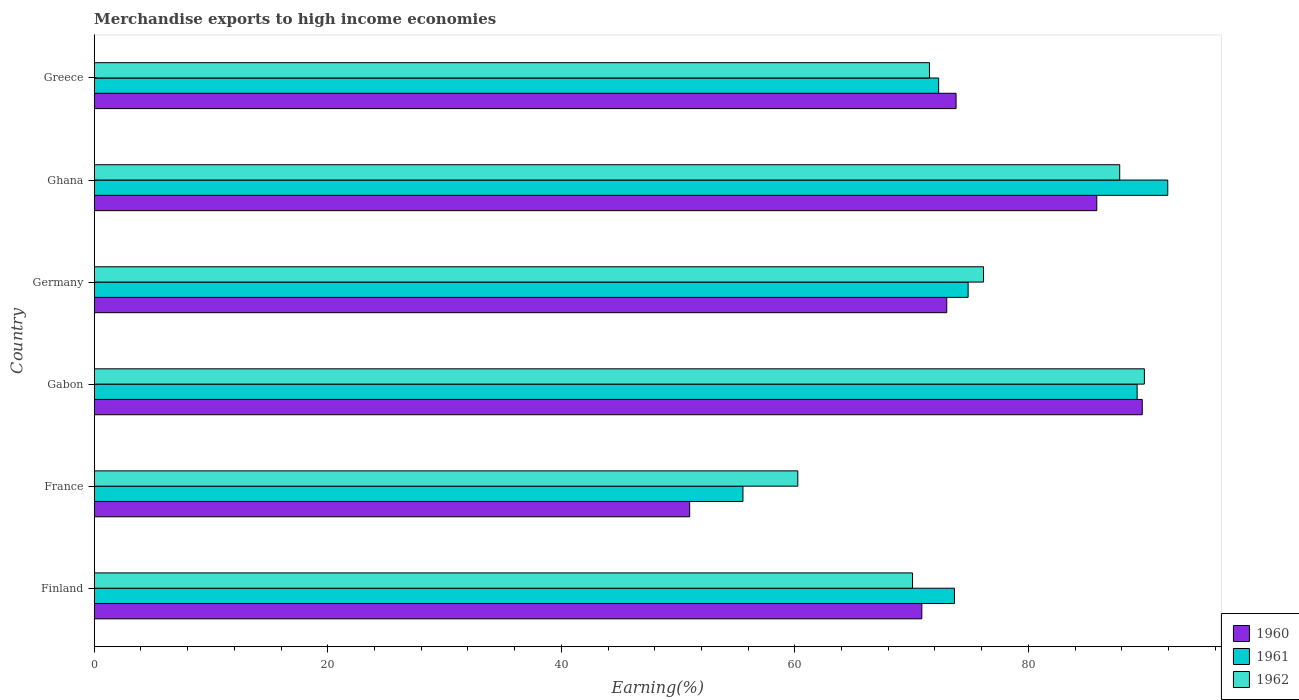
| Country | 1960 | 1961 | 1962 |
 | --- | --- | --- | --- |
 | Finland | 70.9 | 73.7 | 70.1 |
 | France | 51 | 55.6 | 60.3 |
 | Gabon | 89.7 | 89.3 | 89.9 |
 | Germany | 73 | 74.8 | 76.2 |
 | Ghana | 85.9 | 91.9 | 87.8 |
 | Greece | 73.8 | 72.3 | 71.5 |